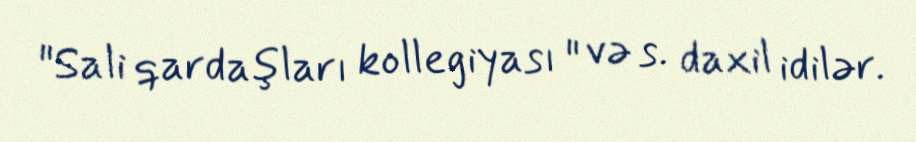
"Sali qardaşları kollegiyası " və s. daxil idilər.